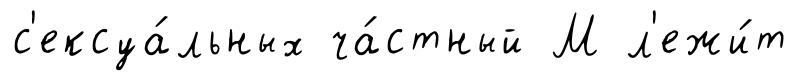
с'ексуа́льных ча́стный М л'ежи́т